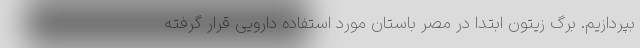
بپردازیم. برگ زیتون ابتدا در مصر باستان مورد استفاده دارویی قرار گرفته